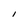
Character: I